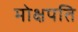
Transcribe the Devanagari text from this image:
मोक्षपति